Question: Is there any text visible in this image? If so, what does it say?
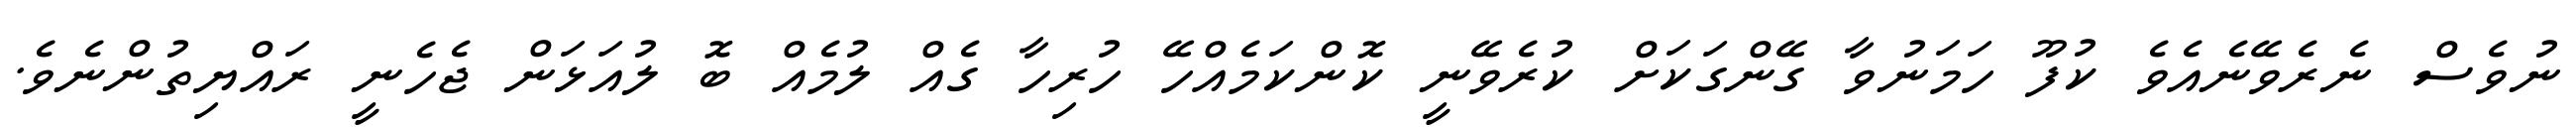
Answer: ނުވެސް ނެރެވޭނެއެވެ ކުފޫ ހަމަނުވާ ގޭންގަކަށް ކުރެވޭނީ ކޮންކަމެއްހޭ ހުރިހާ ގެއް ލުމެއް ބޮ ލުއަޅަން ޖެހެނީ ރައްޔިތުންނެވެ.